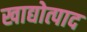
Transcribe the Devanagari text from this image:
खाद्योत्पाद